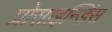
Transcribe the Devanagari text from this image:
प्रोसाइन्डिंस